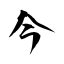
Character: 今